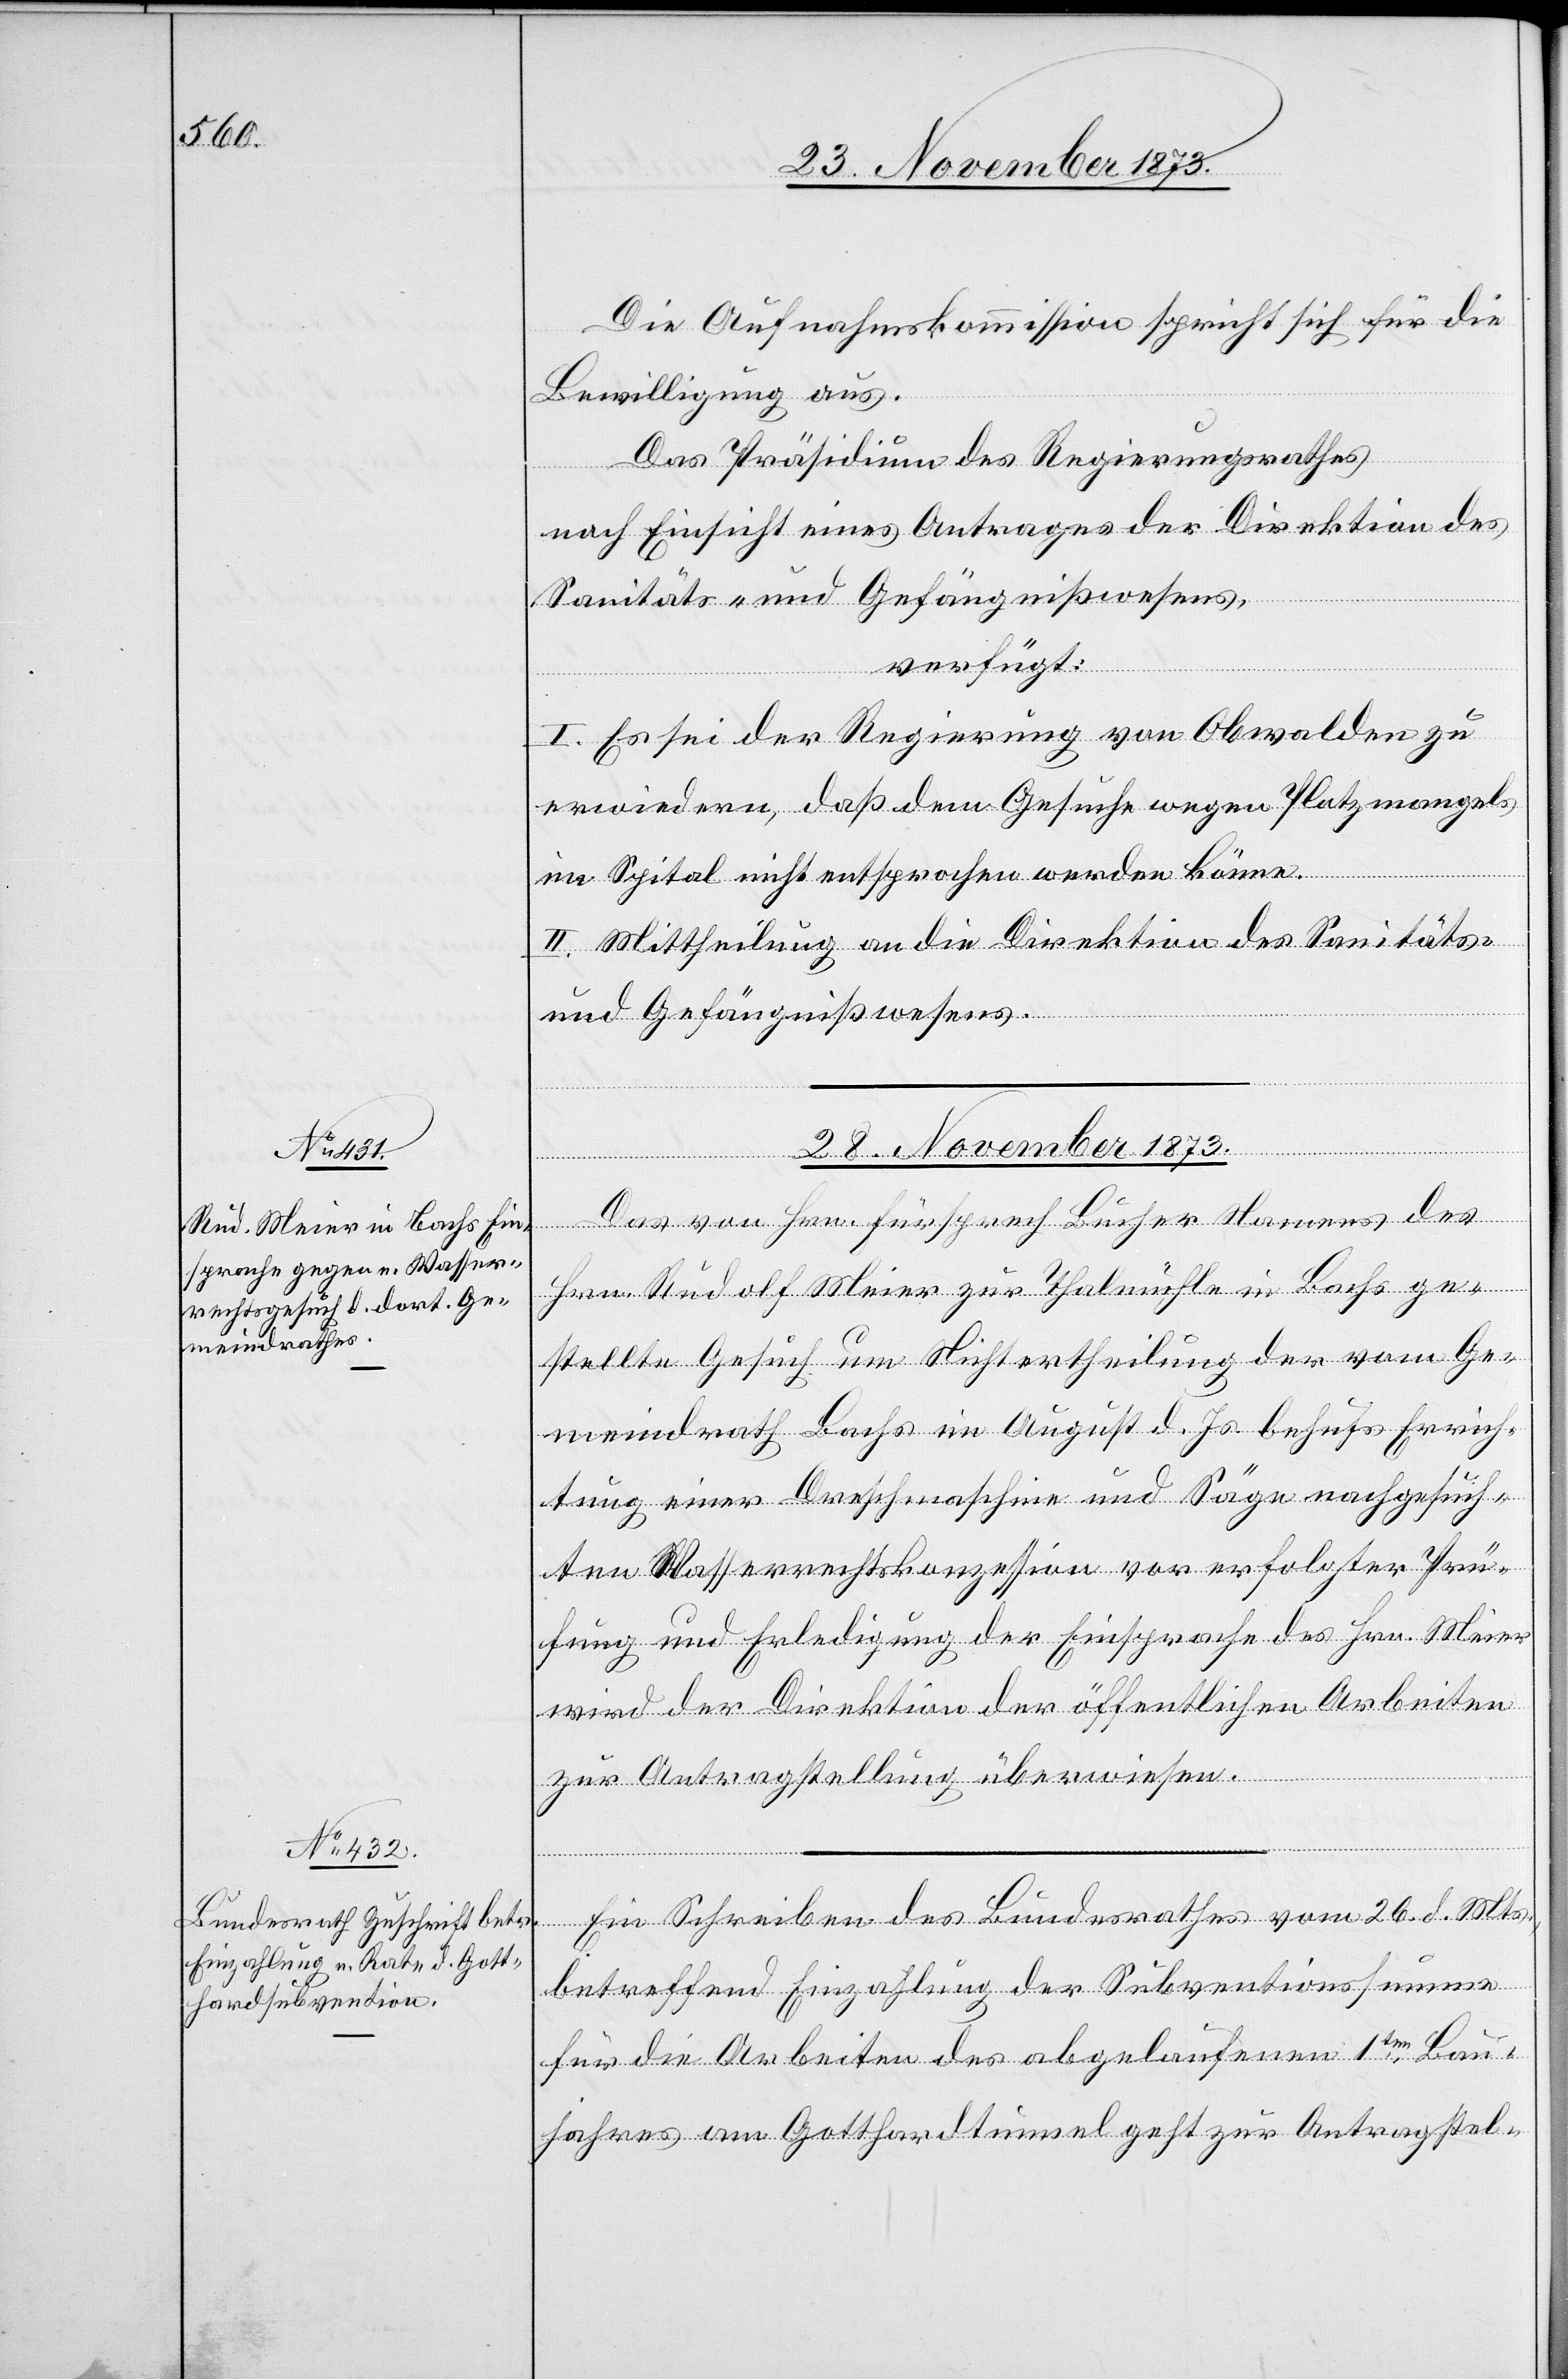
28. November 1873.]
Die Aufnahmskommission spricht sich für die
Bewilligung aus.
Das Präsidium des Regierungsrathes
nach Einsicht eines Antrages der Direktion des
Sanitäts- und Gefängnißwesens,
verfügt:
I. Es sei der Regierung von Obwalden zu
erwiedern, daß dem Gesuche wegen Platzmangels
im Spital nicht entsprochen werden könne.
II. Mittheilung an die Direktion des Sanitäts-
und Gefängnißwesens.
28. November 1873.
Das von Hrn. Fürsprech Bucher Namens des
Hrn. Rudolf Meier zur Thalmühle in Bachs ge¬
stellte Gesuch um Nichtertheilung der vom Ge¬
meindrath Bachs im August d. Js. behufs Errich¬
tung einer Dreschmaschine und Säge nachgesuch¬
ten Wasserrechtskonzession vor erfolgter Prü¬
fung und Erledigung der Einsprache des Hrn. Meier
wird der Direktion der öffentlichen Arbeiten
zur Antragstellung überwiesen.
Ein Schreiben des Bundesrathes vom 26. d. Mts.,
betreffend Einzahlung der Subventionssumme
für die Arbeiten des abgelaufenen 1ten Bau¬
jahres am Gotthardtunnel geht zur Antragstel-